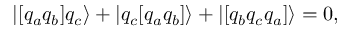
| [ q _ { a } q _ { b } ] q _ { c } \rangle + | q _ { c } [ q _ { a } q _ { b } ] \rangle + | [ q _ { b } q _ { c } q _ { a } ] \rangle = 0 ,